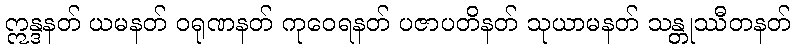
ဣန္ဒနတ် ယမနတ် ဝရုဏနတ် ကုဝေရနတ် ပဇာပတိနတ် သုယာမနတ် သန္တုဿီတနတ်